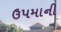
ઉપમાની